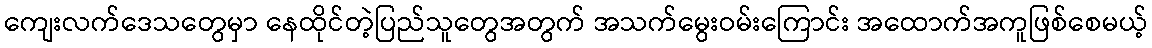
ကျေးလက်ဒေသတွေမှာ နေထိုင်တဲ့ပြည်သူတွေအတွက် အသက်မွေးဝမ်းကြောင်း အထောက်အကူဖြစ်စေမယ့်